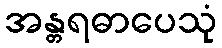
အန္တရဓာပေသုံ